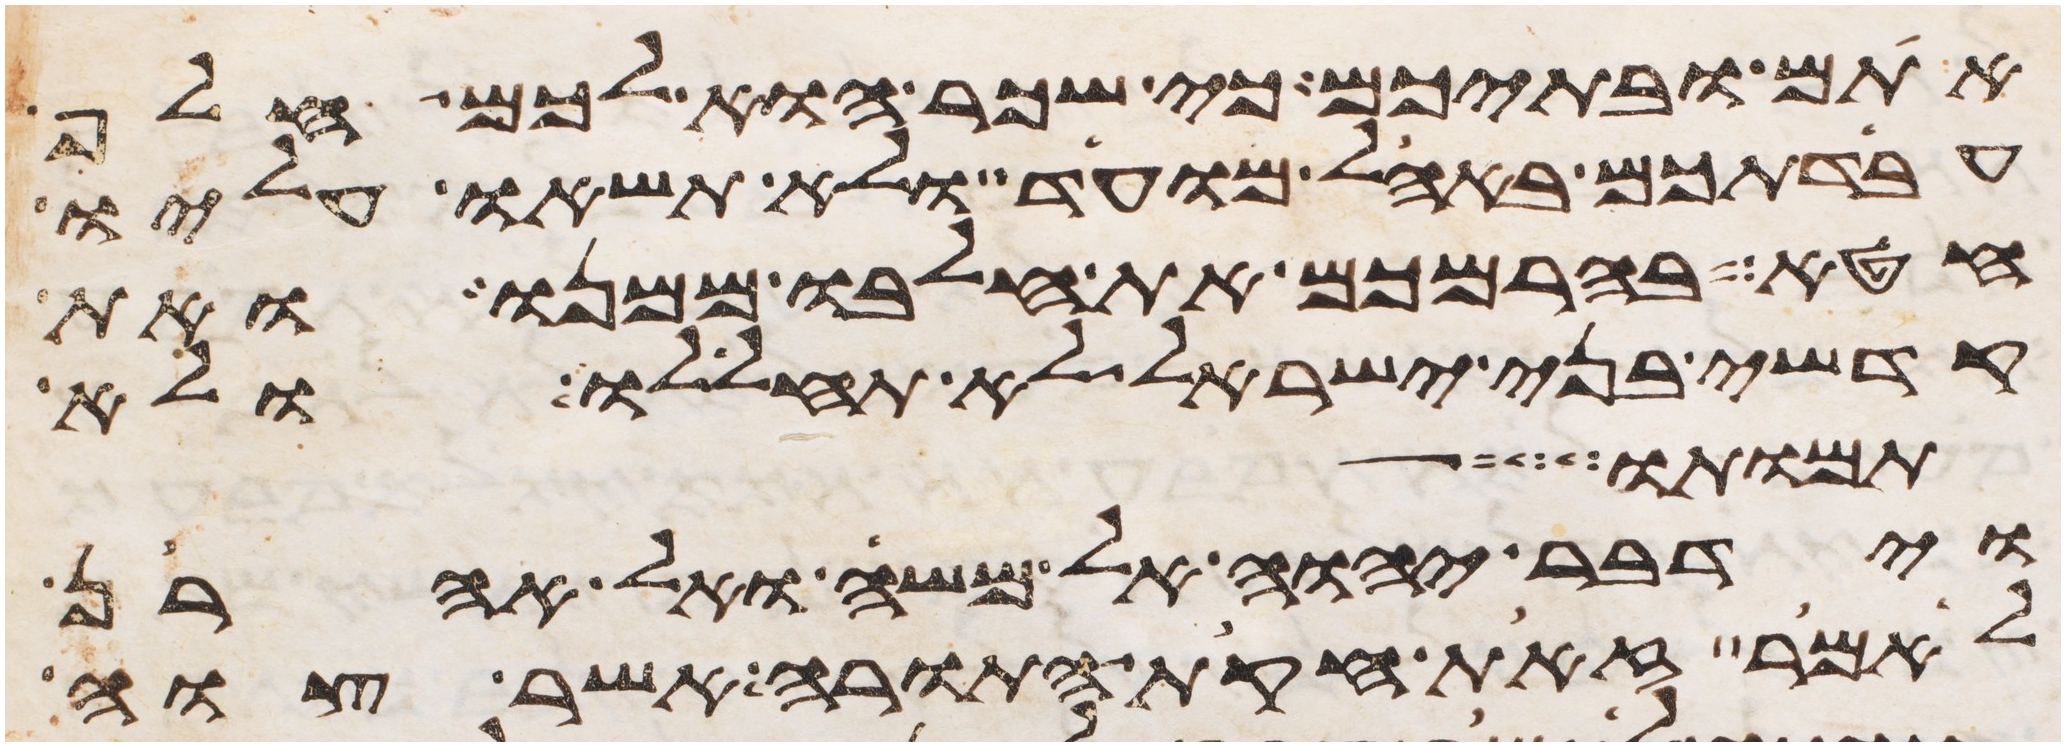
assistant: אתם ובתיכם כי שכר הוא לכם חלף
עבדתכם באהל מועד ולא תשאו עליו
חטא בהרמכם את חלבו ממנו ואת
קדשי בני ישראל לא תחללו ולא
תמותו
וידבר יהוה אל משה ואל אהרן
לאמר זאת חקות התורה אשר צוה